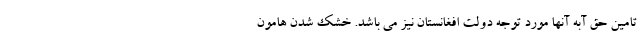
تامین حق آبه آنها مورد توجه دولت افغانستان نیز می باشد. خشک‌ شدن هامون